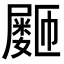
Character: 𪨞